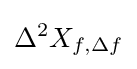
\Delta ^{2}X_{f,\Delta f}